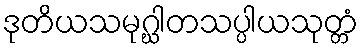
ဒုတိယသမုဂ္ဃါတသပ္ပါယသုတ္တံ